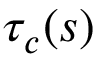
\tau _ { c } ( s )